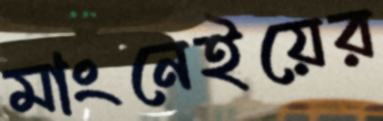
মাংনেইয়ের